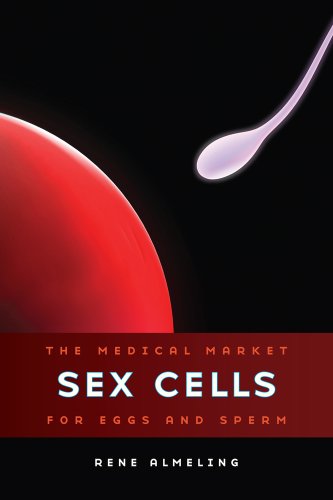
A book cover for Sex Cells: The Medical Market for Eggs and Sperm; Rene Almeling; Health, Fitness & Dieting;